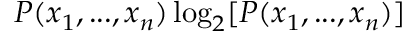
P ( x _ { 1 } , . . . , x _ { n } ) \log _ { 2 } [ P ( x _ { 1 } , . . . , x _ { n } ) ]